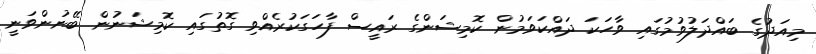
މިއަދުގެ ބައްދަލުވުމުގައި ވާހަކަ ދައްކަވަމުން ކޮމިޝަންގެ ރައީސް ފާހަގަކުރެއްވި ގޮތުގައި ކޮމިޝަނުން ބޭނުންވަނީ